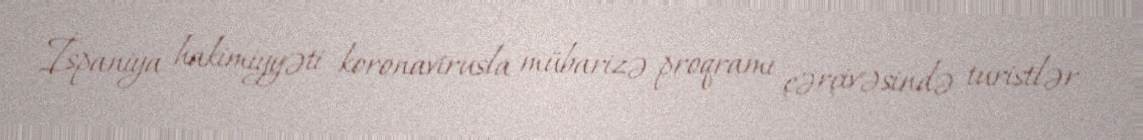
İspaniya hakimiyyəti koronavirusla mübarizə proqramı çərçivəsində turistlər